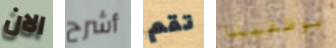
الان أشرح تقم موظفينا